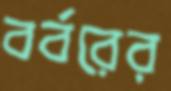
বর্বরের